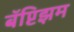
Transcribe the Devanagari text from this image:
बॅप्टिझम